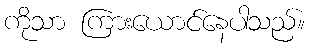
ကိုသာ ကြားယောင်နေပါသည်။